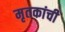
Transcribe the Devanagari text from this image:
मृतकांची